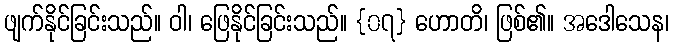
ဖျက်နိုင်ခြင်းသည်။ ဝါ၊ ဖြေနိုင်ခြင်းသည်။ {၀၇} ဟောတိ၊ ဖြစ်၏။ အဒေါသေန၊